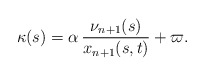
\begin{align*}\kappa(s)=\alpha\,\frac{\nu_{n+1}(s)}{x_{n+1}(s,t)}+\varpi.\end{align*}